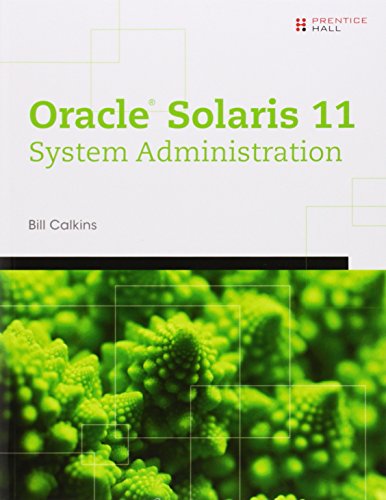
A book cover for OracleÂ® Solaris 11 System Administration (Solaris System Administration Series); Bill Calkins; Computers & Technology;